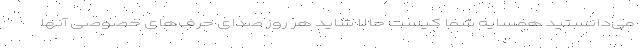
می‌دانستید همسایه شما کیست حالا شاید هر روز صدای حرف‌های خصوصی آنها